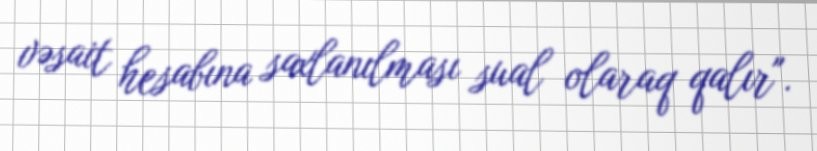
vəsait hesabına saxlanılması sual olaraq qalır".